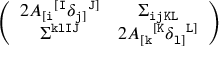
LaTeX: \left( \begin{array} { c c } { { 2 A _ { [ { \tt i } } { } ^ { [ { \tt I } } \delta _ { { \tt j } ] } { } ^ { { \tt J } ] } } } & { { \Sigma _ { \tt i j K L } } } \\ { { \Sigma ^ { \tt k l I J } } } & { { 2 A _ { [ { \tt k } } { } ^ { [ { \tt K } } \delta _ { { \tt l } ] } { } ^ { { \tt L } ] } } } \end{array} \right)